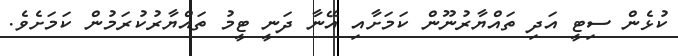
ކުޅެން ސިޓީ އަދި ތައްޔާރުނޫން ކަމަށާއި އޭނާ ދަނީ ޓީމު ތައްޔާރުކުރަމުން ކަމަށެވެ.